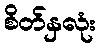
စိတ်နှလုံး